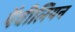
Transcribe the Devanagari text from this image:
पैवीलियन